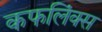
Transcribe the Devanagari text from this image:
कफलिंक्स